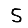
Digit: 5